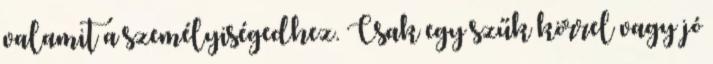
valamit a személyiségedhez. Csak egy szűk körrel vagy jó